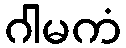
ဂါမကံ